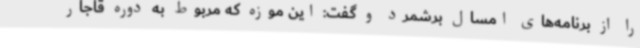
را از برنامه‌های امسال برشمرد و گفت:‌ این موزه که مربوط به دوره قاجار